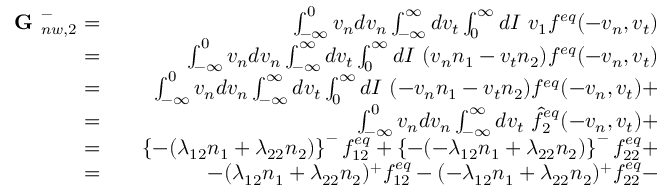
\begin{array} { r l r } { \textbf { G } _ { n w , 2 } ^ { - } = } & { { } } & { \int _ { - \infty } ^ { 0 } v _ { n } d v _ { n } \int _ { - \infty } ^ { \infty } d v _ { t } \int _ { 0 } ^ { \infty } d I \ v _ { 1 } f ^ { e q } ( - v _ { n } , v _ { t } ) } \\ { = } & { { } } & { \int _ { - \infty } ^ { 0 } v _ { n } d v _ { n } \int _ { - \infty } ^ { \infty } d v _ { t } \int _ { 0 } ^ { \infty } d I \ ( v _ { n } n _ { 1 } - v _ { t } n _ { 2 } ) f ^ { e q } ( - v _ { n } , v _ { t } ) } \\ { = } & { { } } & { \int _ { - \infty } ^ { 0 } v _ { n } d v _ { n } \int _ { - \infty } ^ { \infty } d v _ { t } \int _ { 0 } ^ { \infty } d I \ ( - v _ { n } n _ { 1 } - v _ { t } n _ { 2 } ) f ^ { e q } ( - v _ { n } , v _ { t } ) + } \\ { = } & { { } } & { \int _ { - \infty } ^ { 0 } v _ { n } d v _ { n } \int _ { - \infty } ^ { \infty } d v _ { t } \ \hat { f } _ { 2 } ^ { e q } ( - v _ { n } , v _ { t } ) + } \\ { = } & { { } } & { \left\{ - ( \lambda _ { 1 2 } n _ { 1 } + \lambda _ { 2 2 } n _ { 2 } ) \right\} ^ { - } f _ { 1 2 } ^ { e q } + \left\{ - ( - \lambda _ { 1 2 } n _ { 1 } + \lambda _ { 2 2 } n _ { 2 } ) \right\} ^ { - } f _ { 2 2 } ^ { e q } + } \\ { = } & { { } } & { - ( \lambda _ { 1 2 } n _ { 1 } + \lambda _ { 2 2 } n _ { 2 } ) ^ { + } f _ { 1 2 } ^ { e q } - ( - \lambda _ { 1 2 } n _ { 1 } + \lambda _ { 2 2 } n _ { 2 } ) ^ { + } f _ { 2 2 } ^ { e q } - } \end{array}